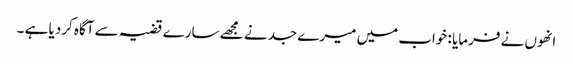
انھوں نے فرمایا : خواب میں میرے جد نے مجھے سارے قضیہ سے آگاہ کردیا ہے ۔